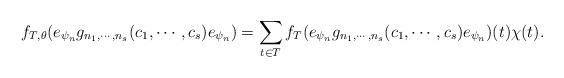
LaTeX: \begin{align*} f_{T,\theta}(e_{\psi_n}g_{n_1,\cdots, n_s}(c_1,\cdots,c_s)e_{\psi_n})=\sum_{t\in T}f_{T}(e_{\psi_n}g_{n_1,\cdots, n_s}(c_1,\cdots,c_s)e_{\psi_n})(t)\chi(t).\end{align*}